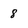
Character: 8